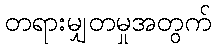
တရားမျှတမှုအတွက်